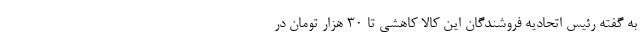
به گفته رئیس اتحادیه فروشندگان این کالا کاهشی تا ۳۰ هزار تومان در